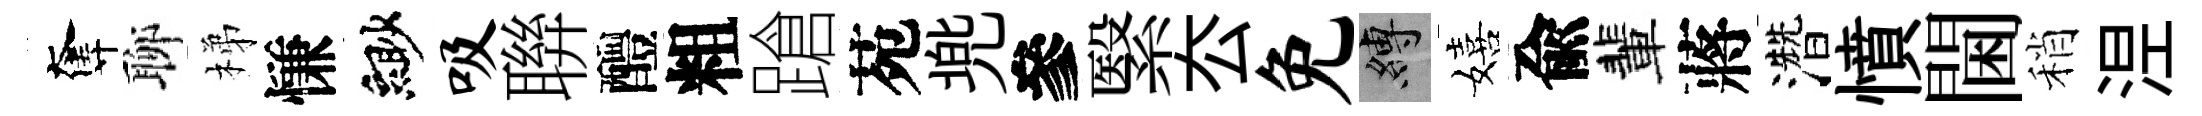
奪聊梯慊緲吸聨醴粗蹌苑兠參繄厺免縛嬉兪輩蔣濳憤閫稍𣵀